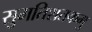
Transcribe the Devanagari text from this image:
सुमतिशतकमु